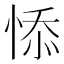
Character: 悿